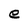
Character: e